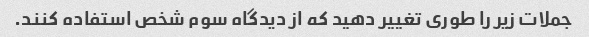
جملات زیر را طوری تغییر دهید که از دیدگاه سوم شخص استفاده کنند.